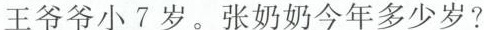
王爷爷小7岁。张奶奶今年多少岁?